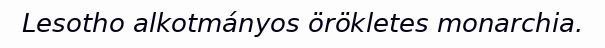
Lesotho alkotmányos örökletes monarchia.